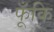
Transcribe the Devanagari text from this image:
फूँकि